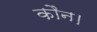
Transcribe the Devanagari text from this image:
कौन।